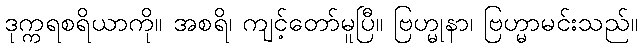
ဒုက္ကရစရိယာကို။ အစရိ၊ ကျင့်တော်မူပြီ။ ဗြဟ္မုနာ၊ ဗြဟ္မာမင်းသည်။